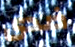
ضدى